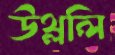
উথ্‌ললি